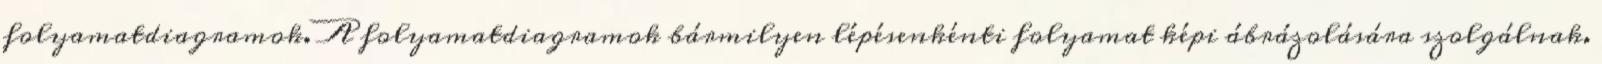
folyamatdiagramok. A folyamatdiagramok bármilyen lépésenkénti folyamat képi ábrázolására szolgálnak.